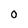
Character: O